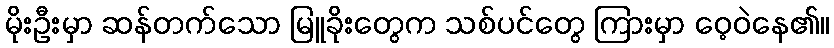
မိုးဦးမှာ ဆန်တက်သော မြူခိုးတွေက သစ်ပင်တွေ ကြားမှာ ဝေ့ဝဲနေ၏။